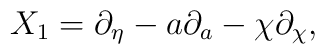
X_1=\partial_\eta -a\partial_a-\chi\partial_\chi ,